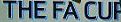
THE FA CUF